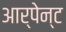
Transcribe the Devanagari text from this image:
आर्पेन्ट